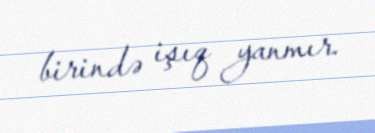
birində işıq yanmır.